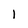
Character: 1